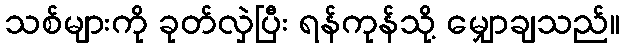
သစ်များကို ခုတ်လှဲပြီး ရန်ကုန်သို့ မျှောချသည်။